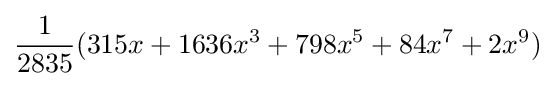
{\frac {1}{2835}}(315x+1636x^{3}+798x^{5}+84x^{7}+2x^{9})